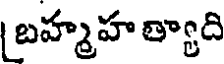
[బహ్మహ త్యాది